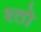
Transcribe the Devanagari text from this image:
श्तो